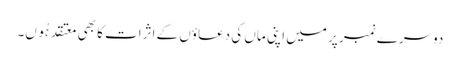
دوسرے نمبر پر میں اپنی ماں کی دعاؤں کے اثرات کا بھی معتقد ہُوں۔